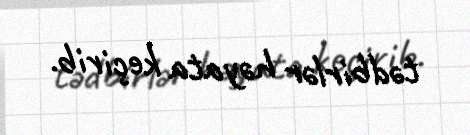
tədbirlər həyata keçirib.